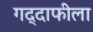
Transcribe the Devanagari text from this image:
गद्दाफीला